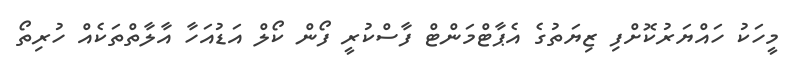
މީހަކު ހައްޔަރުކޮށްފި ޒިޔަތުގެ އެޕާޓްމަންޓް ފާސްކުރީ ފޯން ކޯލް އަޑުއަހާ އާލާތްތަކެއް ހުރިތޯ